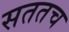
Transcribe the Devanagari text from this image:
सततच